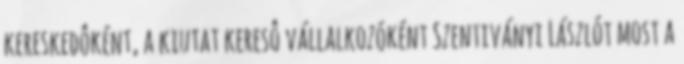
kereskedôként, a kiutat keresô vállalkozóként Szentiványi Lászlót most a